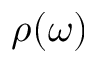
\rho ( \omega )